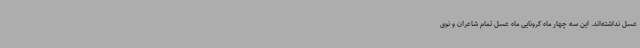
عسل نداشته‌اند. این سه چهار ماه کرونایی ماه عسل تمام شاعران و نوی